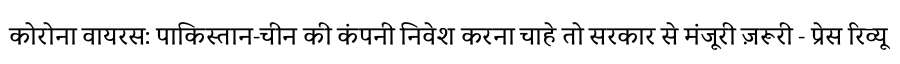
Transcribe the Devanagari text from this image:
कोरोना वायरस: पाकिस्तान-चीन की कंपनी निवेश करना चाहे तो सरकार से मंजूरी ज़रूरी - प्रेस रिव्यू